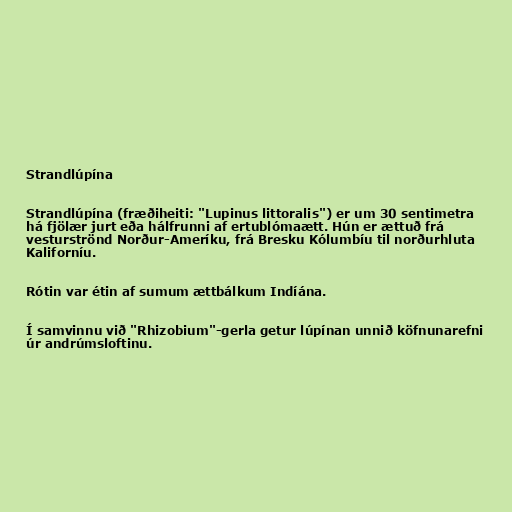
Strandlúpína

Strandlúpína (fræðiheiti: "Lupinus littoralis") er um 30 sentimetra
há fjölær jurt eða hálfrunni af ertublómaætt. Hún er ættuð frá
vesturströnd Norður-Ameríku, frá Bresku Kólumbíu til norðurhluta
Kaliforníu.

Rótin var étin af sumum ættbálkum Indíána.

Í samvinnu við "Rhizobium"-gerla getur lúpínan unnið köfnunarefni
úr andrúmsloftinu.